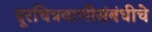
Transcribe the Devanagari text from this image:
दूरचित्रवाणीसंबंधीचे